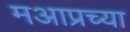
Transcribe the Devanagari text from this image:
मआप्रच्या